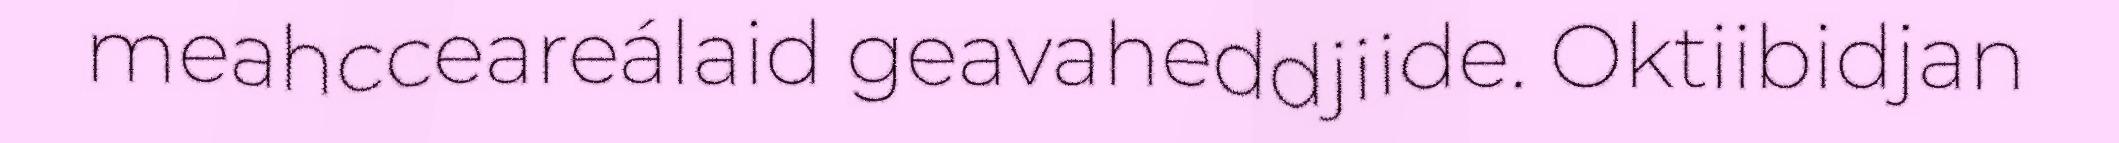
meahcceareálaid geavaheddjiide. Oktiibidjan